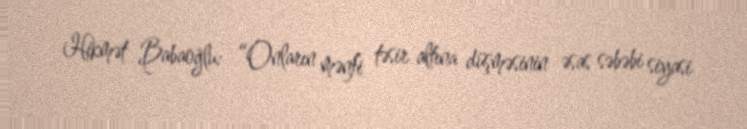
Hikmət Babaoğlu: “Onların mənfi təsir altına düşməsinin əsas səbəbi siyasi